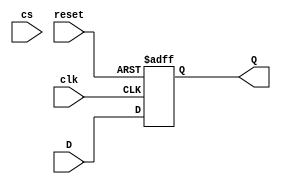
`timescale 1ps / 100fs
//////////////////////////////////////////////////////////////////////////////////
// Company:  CECS 460 - System on Chip Design
// 
// Design Name:	   1 bit Register
// Module Name:    lb_dff 
// Project Name:   Lab Project 1 System on Chip Design  
// Description: 1 bit D flip-flop, negedge sensitive reset.
// Additional Comments: 
//
//////////////////////////////////////////////////////////////////////////////////
module lb_dff(
    input D, 		//Data input
    input clk, 		//Clock 
    input reset	,	//Reset
	input cs,
	output reg Q 	//Data output
    );

always @ (posedge clk, negedge reset) 	
	//if(!cs) begin
		if(!reset)
			Q <= 1'b0;
		else 
			Q <= D;
	//end
endmodule